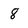
Character: 8